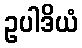
ဥပါဒိယံ